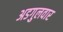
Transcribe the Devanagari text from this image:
अडगुलवार